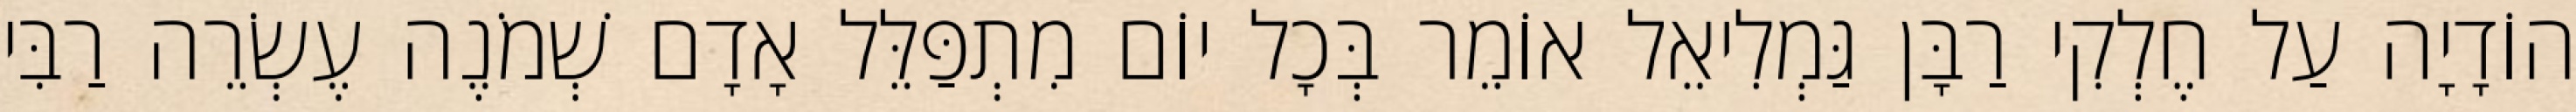
הוֹדָיָה עַל חֶלְקִי רַבָּן גַּמְלִיאֵל אוֹמֵר בְּכָל יוֹם מִתְפַּלֵּל אָדָם שְׁמֹנֶה עֶשְׂרֵה רַבִּי